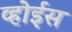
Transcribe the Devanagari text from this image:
व्होईस